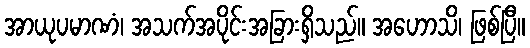
အာယုပမာဏံ၊ အသက်အပိုင်းအခြားရှိသည်။ အဟောသိ၊ ဖြစ်ပြီ။